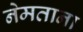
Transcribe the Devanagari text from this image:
नेमताना